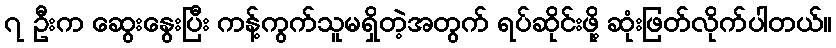
၇ ဦးက ဆွေးနွေးပြီး ကန့်ကွက်သူမရှိတဲ့အတွက် ရပ်ဆိုင်းဖို့ ဆုံးဖြတ်လိုက်ပါတယ်။